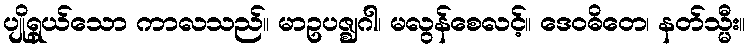
ပျိုရွယ်သော ကာလသည်။ မာဥပဇ္ဈဂါ၊ မလွန်စေလင့်။ ဒေဝဓိတေ၊ နတ်သ္မီး။